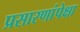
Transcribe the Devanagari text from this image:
प्रसारणांपेक्षा